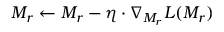
\boldsymbol { M _ { r } } \leftarrow \boldsymbol { M _ { r } } - \eta \cdot \nabla _ { \boldsymbol { M _ { r } } } L ( \boldsymbol { M _ { r } } )